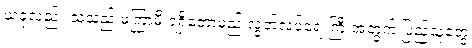
ယခုလည်း သူသည် မကြာမီ ရရှိတော့မည့် လွတ်လပ်ရေးကြီးအတွက် ပြည်သူတွေ